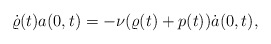
\begin{align*}\dot{\varrho}(t)a(0,t)=-\nu(\varrho(t)+p(t))\dot{a}(0,t),\end{align*}